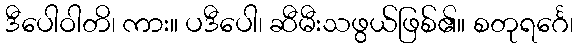
ဒီပေါဝါတိ၊ ကား။ ပဒီပေါ၊ ဆီမီးသဖွယ်ဖြစ်၏။ စတုရင်္ဂေ၊